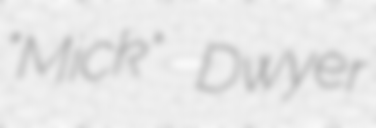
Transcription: "Mick" Dwyer